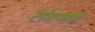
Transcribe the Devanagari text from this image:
टांगणारी